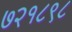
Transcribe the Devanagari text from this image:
७२१८९८